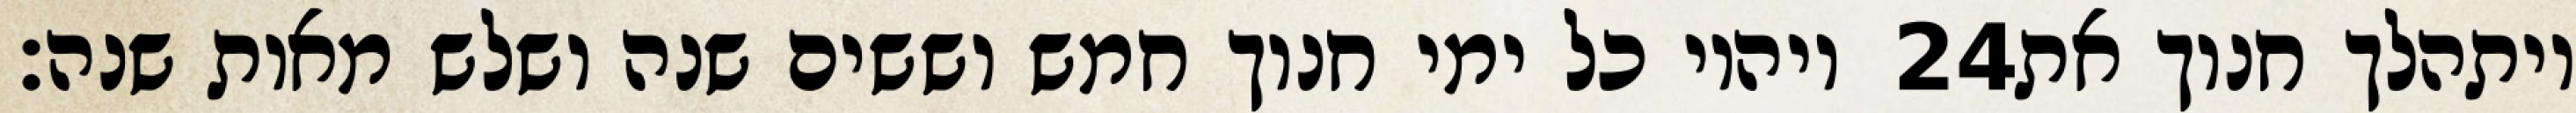
ויהיו כל ימי חנוך חמש וששים שנה ושלש מאות שנה׃ ‎24‏ ויתהלך חנוך את